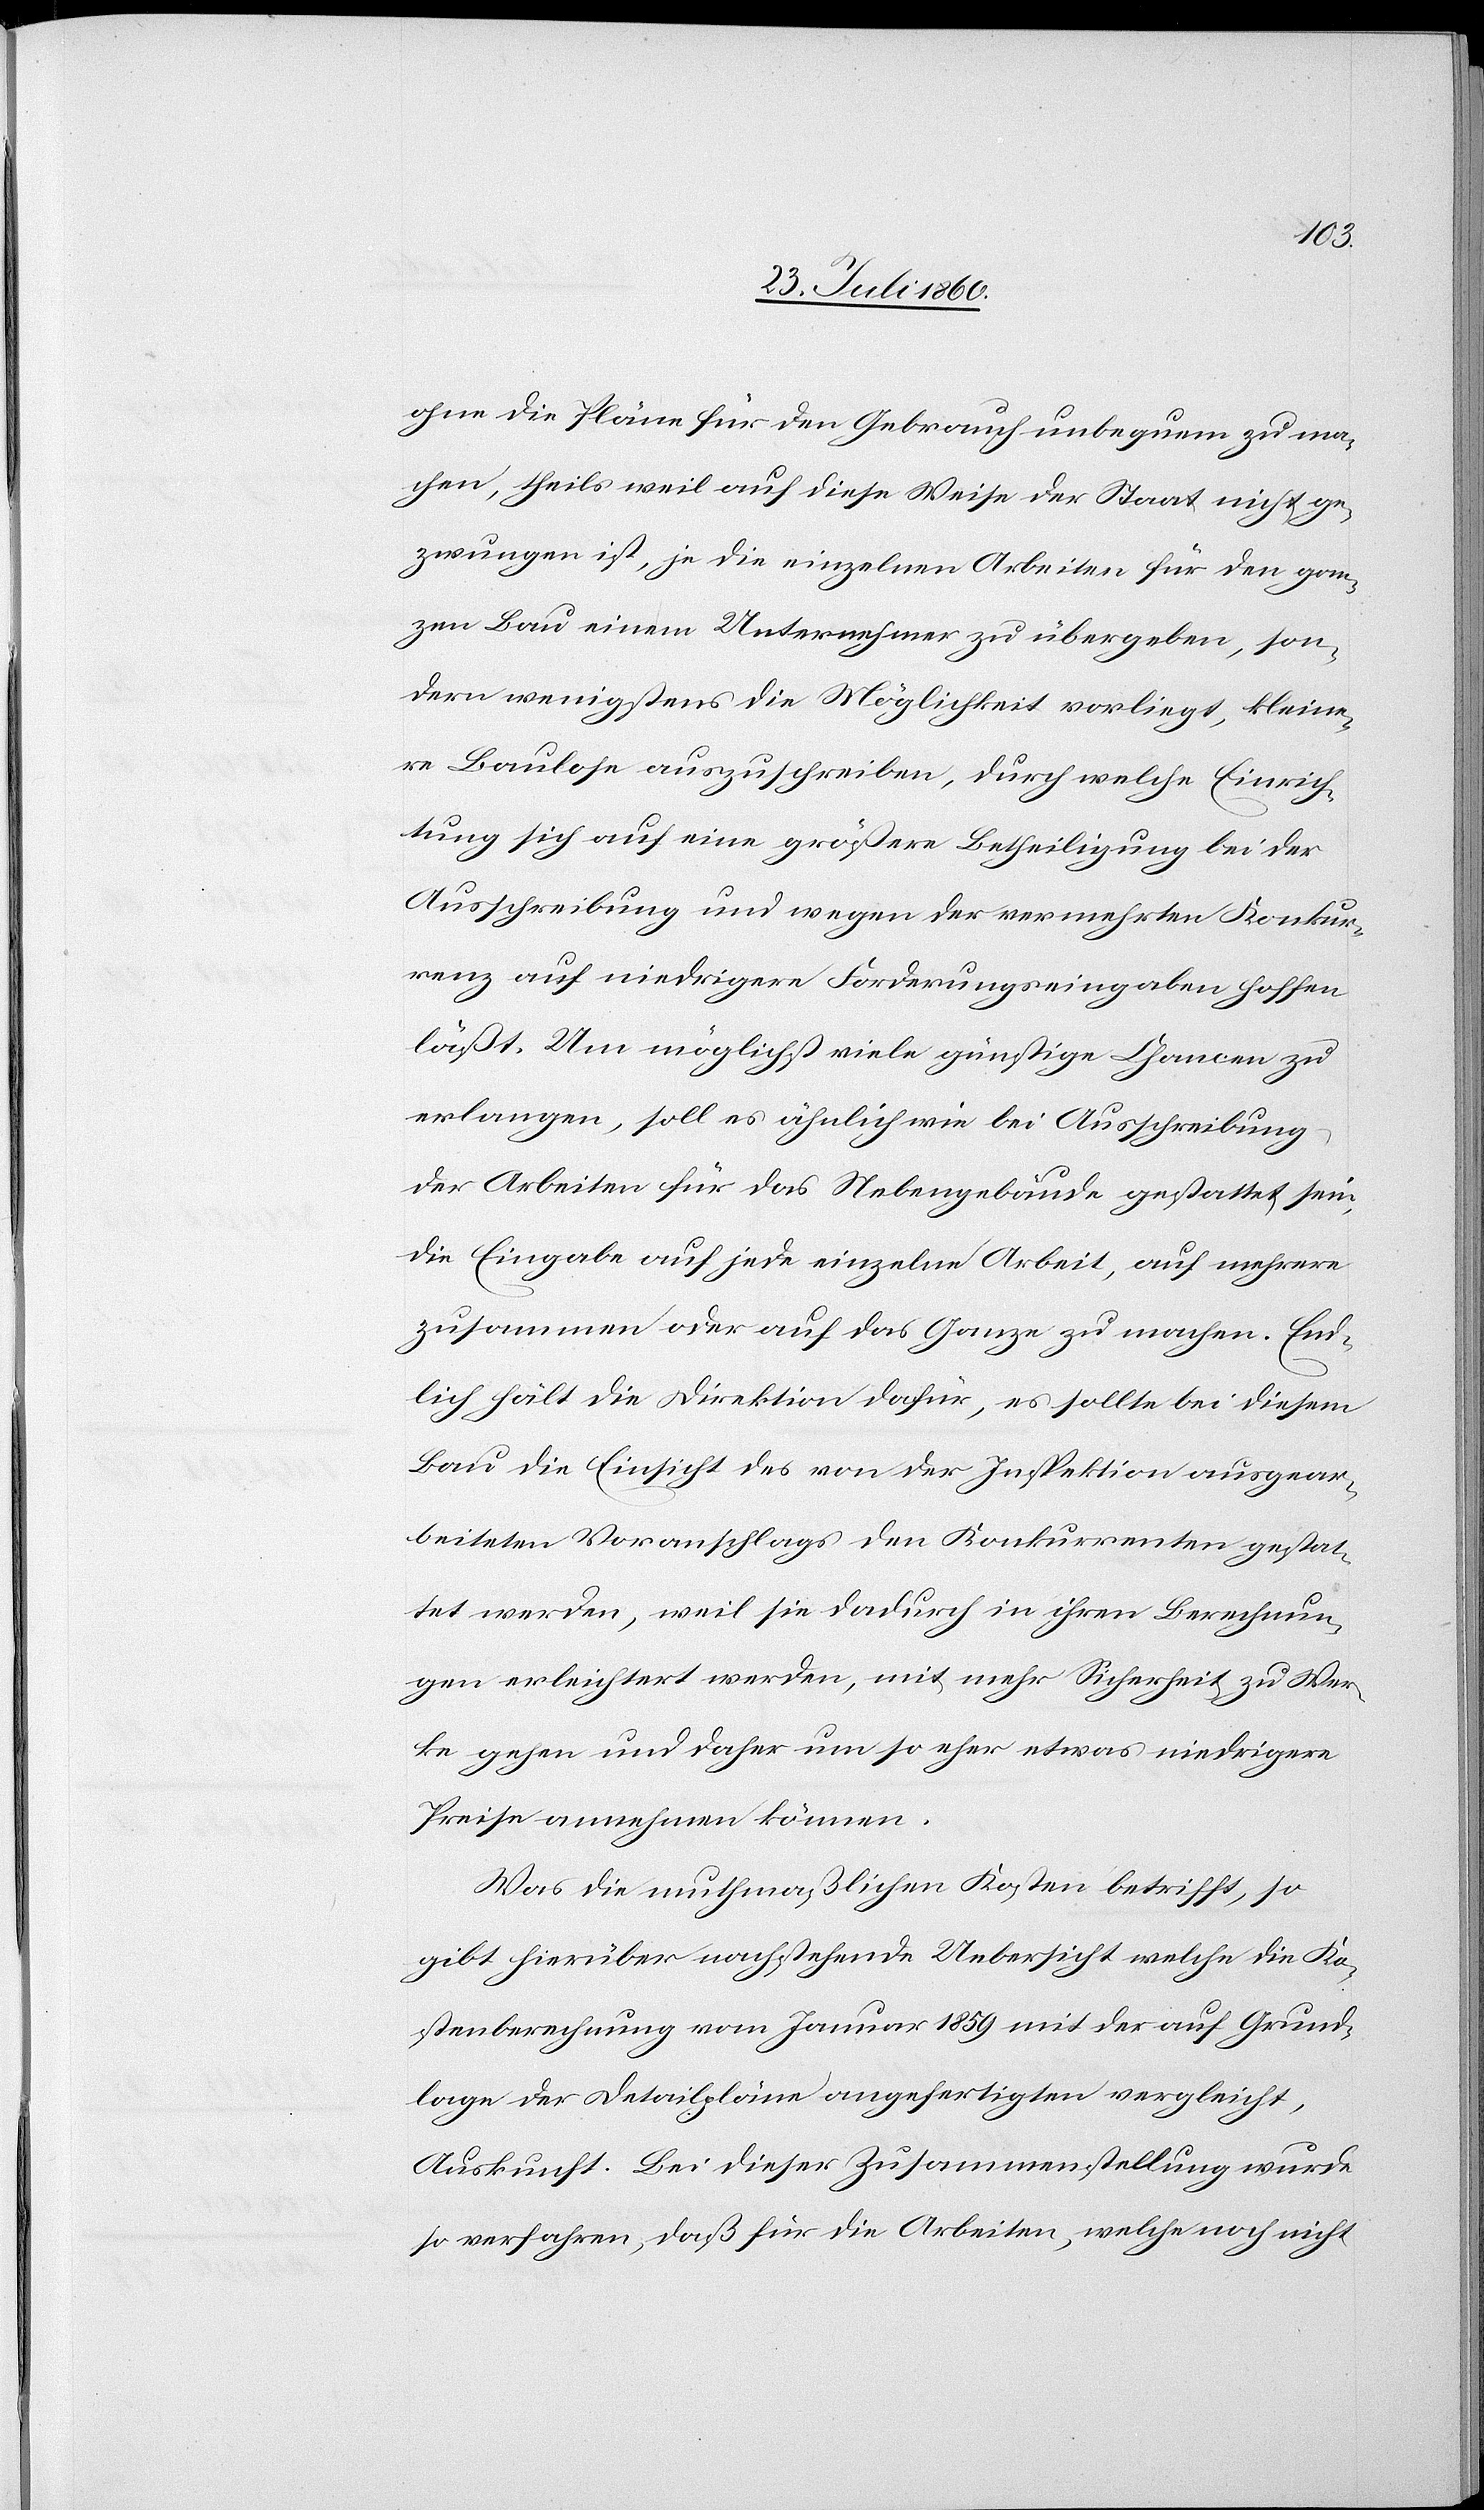
ohne die Pläne für den Gebrauch unbequem zu ma¬
chen, theils weil auf diese Weise der Staat nicht ge¬
zwungen ist, je die einzelnen Arbeiten für den gan¬
zen Bau einem Unternehmer zu übergeben, son¬
dern wenigstens die Möglichkeit vorliegt, kleine¬
re Baulose auszuschreiben, durch welche Einrich¬
tung sich auf eine größere Betheiligung bei der
Ausschreibung und wegen der vermehrten Konkur¬
renz auf niedrigere Forderungseingaben hoffen
lässt. Um möglichst viele günstige Chancen zu
erlangen, soll es ähnlich wie bei Ausschreibung
der Arbeiten für das Nebengebäude gestattet sein,
die Eingabe auf jede einzelne Arbeit, auf mehrere
zusammen oder auf das Ganze zu machen. End¬
lich hält die Direktion dafür, es sollte bei diesem
Bau die Einsicht des von der Inspektion ausgear¬
beiteten Voranschlags den Konkurrenten gestat¬
tet werden, weil sie dadurch in ihren Berechnun¬
gen erleichtert werden mit mehr Sicherheit zu Wer¬
ke gehen und daher um so eher etwas niedrigere
Preise annehmen können.
Was die muthmaßlichen Kosten betrifft, so
gibt hierüber nachstehende Uebersicht, welche die Ko¬
stenberechnung vom Jenner 1859 mit der auf Grund¬
lage der Detailpläne angefertigten vergleicht,
Auskunft. Bei dieser Zusammenstellung wurde
so verfahren, dass für die Arbeiten, welche noch nicht